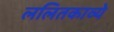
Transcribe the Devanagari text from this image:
ललितकाव्ये